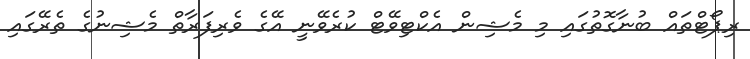
ރިޕޯޓްތައް ބުނާގޮތުގައި މި މެޝިން އެކްޓިވޭޓް ކުރެވޭނީ އޭގެ ވެރިފަރާތް މެޝިނުގެ ތެރޭގައި